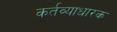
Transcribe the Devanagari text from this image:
कर्तव्याधारक